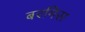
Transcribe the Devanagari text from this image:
बरमिस